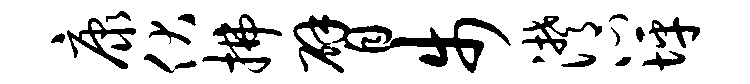
康伏拂臂步潸心坪